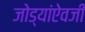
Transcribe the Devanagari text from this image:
जोड्यांऐवजी